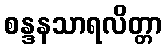
စန္ဒနသာရလိတ္တာ